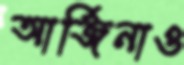
আর্জিনাও